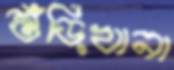
শুঁড়িখানা